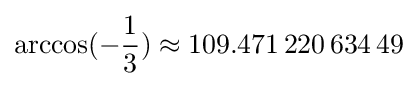
\arccos(-{\frac {1}{3}})\approx 109.471\,220\,634\,49